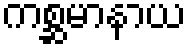
ကစ္ဆမာနာယ